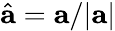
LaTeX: \hat{{\mathbf a}}={\mathbf a}/|{\mathbf a}|